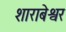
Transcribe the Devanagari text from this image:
शाराबेश्वर